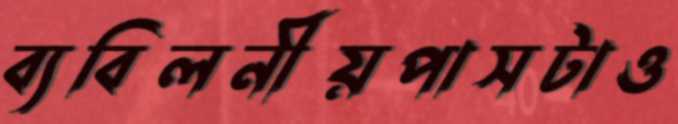
ব্যবিলনীয়পাসটাও